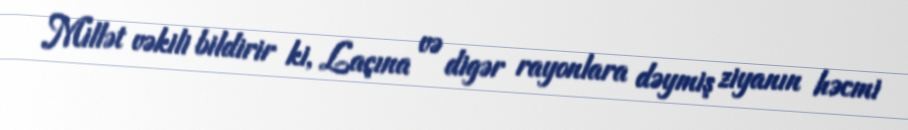
Millət vəkili bildirir ki, Laçına və digər rayonlara dəymiş ziyanın həcmi